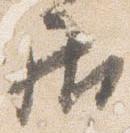
居